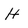
Character: H